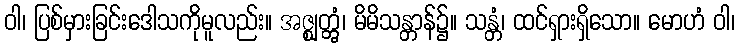
ဝါ၊ ပြစ်မှားခြင်းဒေါသကိုမူလည်း။ အဇ္ဈတ္တွံ၊ မိမိသန္တာန်၌။ သန္တံ၊ ထင်ရှားရှိသော။ မောဟံ ဝါ၊